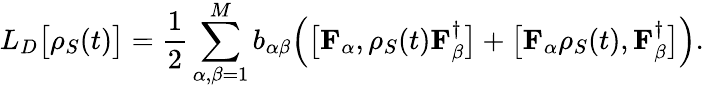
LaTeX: L_{D}{\big[}\rho_{S}(t){\big]}={\frac{1}{2}}\sum_{\alpha,\beta=1}^{M}b_{\alpha\beta}{\Big(}{\big[}\mathbf{F}_{\alpha},\rho_{S}(t)\mathbf{F}_{\beta}^{\dagger}{\big]}+{\big[}\mathbf{F}_{\alpha}\rho_{S}(t),\mathbf{F}_{\beta}^{\dagger}{\big]}{\Big)}.